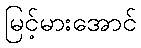
မြင့်မားအောင်